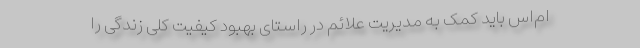
ام‌اس باید کمک به مدیریت علائم در راستای بهبود کیفیت کلی زندگی را